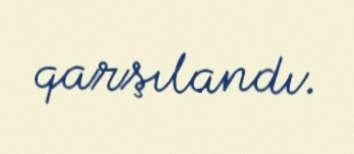
qarşılandı.